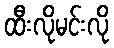
ထီးလိုမင်းလို